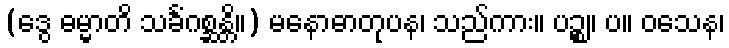
(ဒွေ ဓမ္မာတိ သင်္ခံဂစ္ဆန္တိ။) မနောဓာတုပန၊ သည်ကား။ ပဉ္စ။ ပ။ ဝသေန၊